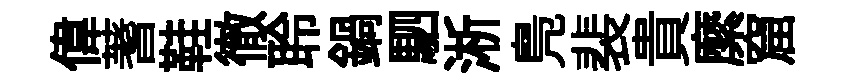
偉蓍鞋徹聆鍋駟淅鳬裴貴縻窟